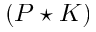
( P \star K )